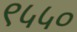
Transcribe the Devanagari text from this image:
९५५०